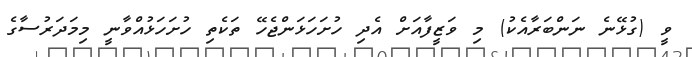
ވީ (ގުޅޭނެ ނަންބަރާއެކު) މި ވަޒީފާއަށް އެދި ހުށަހަޅަންޖެހޭ ތަކެތި ހުށަހަޅުއްވާނީ މިމަދަރުސާގެ